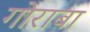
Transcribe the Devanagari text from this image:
गोराबा